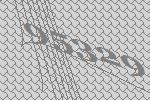
95329